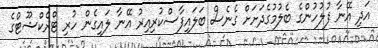
އަދި އޭނާ ފުލުހުންގެ ބެލުމުގެދަށަށް ގެނެސް ބަލައިފާސްކުރިއިރު އޭނާ ލައިގެން ހުރި ޓްރެކްޝޫޓްގެ